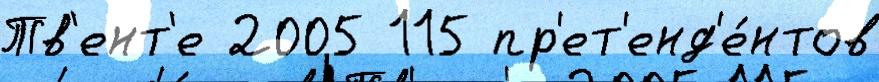
Тв'ент'е 2005 115 пр'ет'енд'е́нтов